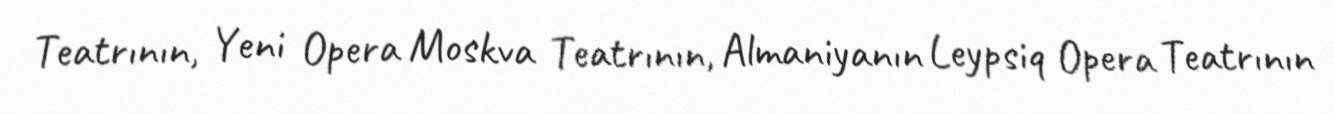
Teatrının, Yeni Opera Moskva Teatrının, Almaniyanın Leypsiq Opera Teatrının